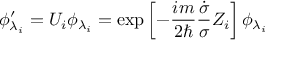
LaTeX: \phi _ { \lambda _ { i } } ^ { \prime } = U _ { i } \phi _ { \lambda _ { i } } = \exp \left[ - \frac { i m } { 2 \hbar } \frac { \dot { \sigma } } { \sigma } Z _ { i } \right] \phi _ { \lambda _ { i } }